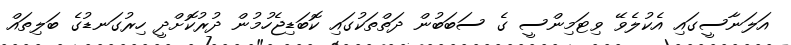
އަލަނާސީގައި އެކުލެވޭ ވިޓަމިންސީ ގެ ސަބަބުން ދަތްތަކުގައި ކޮބަޑިޖެހުމުން ދުރުކޮށްދީ ހިރުގަނޑުގެ ބަލިތައް